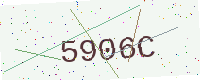
Text: 5906C